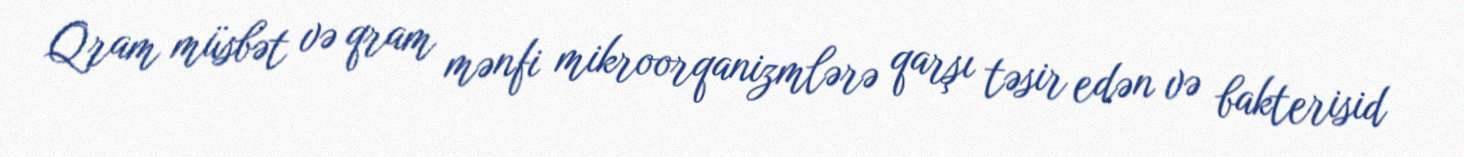
Qram müsbət və qram mənfi mikroorqanizmlərə qarşı təsir edən və bakterisid